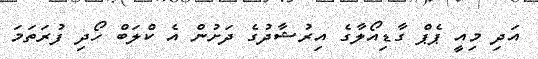
އަދި މިއީ ޕެޕް ގާޑިއޯލާގެ އިރުޝާދުގެ ދަށުން އެ ކްލަބް ހޯދި ފުރަތަމަ